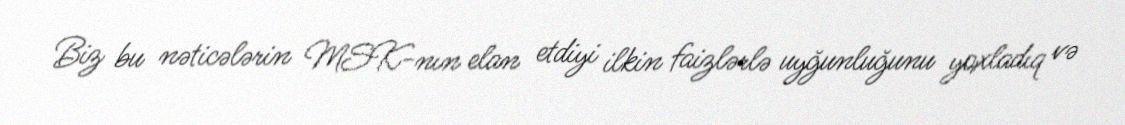
Biz bu nəticələrin MSK-nın elan etdiyi ilkin faizlərlə uyğunluğunu yoxladıq və